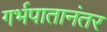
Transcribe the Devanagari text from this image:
गर्भपातानंतर